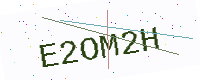
Text: E2OM2H